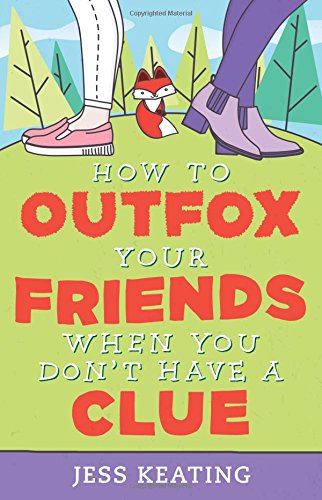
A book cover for How to Outfox Your Friends When You Don't Have a Clue (My Life Is a Zoo); Jess Keating; Humor & Entertainment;